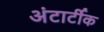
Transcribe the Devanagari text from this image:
अंटार्टीक